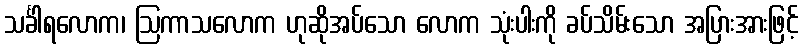
သင်္ခါရလောက၊ ဩကာသလောက ဟုဆိုအပ်သော လောက သုံးပါးကို ခပ်သိမ်းသော အပြားအားဖြင့်